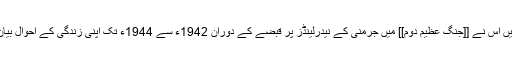
اس ڈائری میں اس نے [[جنگ عظیم دوم]] میں جرمنی کے نیدرلینڈز پر قبضے کے دوران 1942ء سے 1944ء تک اپنی زندگی کے احوال بیان کیے تھے۔